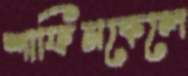
শাফিনকেলে